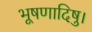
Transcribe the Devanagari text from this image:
भूषणादिषु।